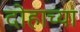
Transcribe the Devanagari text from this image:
दोहाच्या